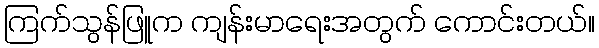
ကြက်သွန်ဖြူက ကျန်းမာရေးအတွက် ကောင်းတယ်။